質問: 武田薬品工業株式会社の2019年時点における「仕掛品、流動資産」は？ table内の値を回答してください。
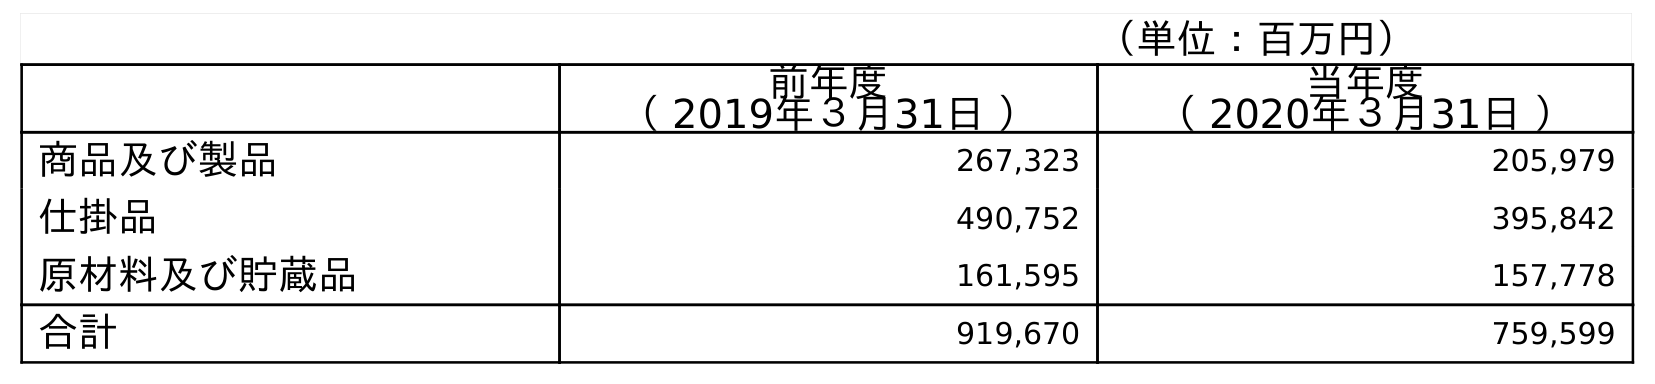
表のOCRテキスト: （単位：百万円） 前年度 （ 2019年３月31日 ） 当年度 （ 2020年３月31日 ） 商品及び製品 267,323 205,979 仕掛品 490,752 395,842 原材料及び貯蔵品 161,595 157,778 合計 919,670 759,599
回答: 490,752